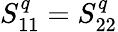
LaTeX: S_{11}^{q}=S_{22}^{q}